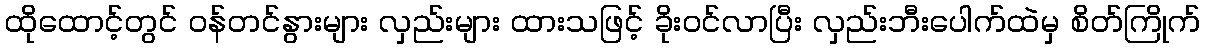
ထိုထောင့်တွင် ဝန်တင်နွားများ လှည်းများ ထားသဖြင့် ခိုးဝင်လာပြီး လှည်းဘီးပေါက်ထဲမှ စိတ်ကြိုက်